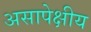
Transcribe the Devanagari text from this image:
असापेक्षीय